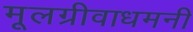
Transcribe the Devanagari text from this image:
मूलग्रीवाधमनी